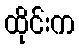
ထိုင်းက